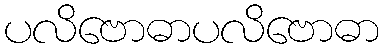
ပလိဗောဓာပလိဗောဓာ